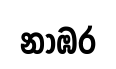
නාඹර